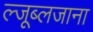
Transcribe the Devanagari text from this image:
ल्जूब्लजाना